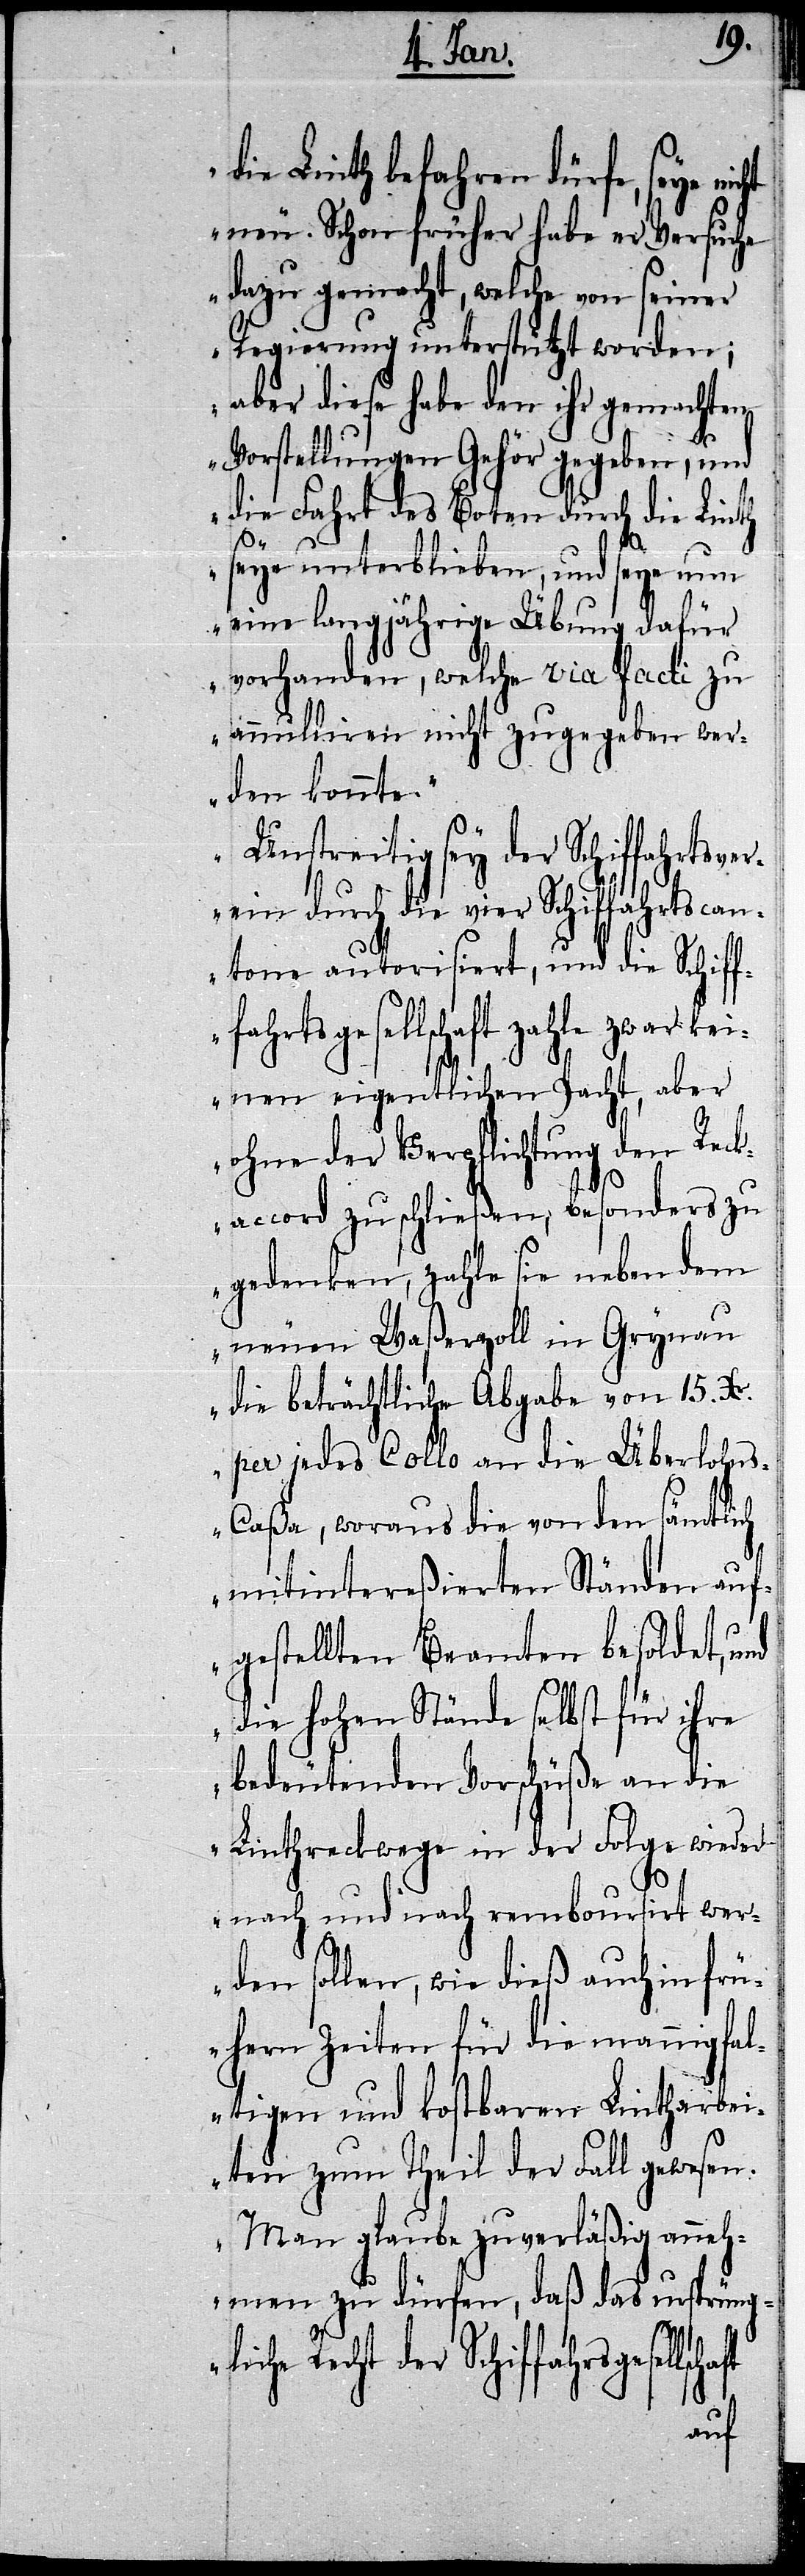
die Linth befahren dürfe, seye nic¬
neu. Schon früher habe er Versuche
dazu gemacht, welche von seiner
Regierung unterstützt worden;
aber diese habe den ihr gemachten
Vorstellungen Gehör gegeben, und
die Fahrt des Boten durch die Linth
seye unterblieben, und seye nun
eine langjährige Übung dafür
vorhanden, welche via facti zu
annulliren nicht zugegeben wer¬
den konnte.“
„Unstreitig sey der Schiffahrtsver¬
ein durch die vier Schiffahrtscan¬
tone autorisiert, und die Schiff¬
fahrtsgesellschaft zahle
keinen eigentlichen Pacht, aber
ohne der Verpflichtung den Reck¬
accord zu schließen, besonders zu
gedenken, zahle sie neben dem
neuen Waßerzoll in Grynau
die beträchtliche Abgabe von 15. Xr.
per jedes Collo an die Überlohn¬
s-Caßa, woraus die von den sämtlich
mitintereßierten Ständen auf¬
gestellten Beamten besoldet, und
die hohen Stände selbst für ihre
bedeutenden Vorschüße an die
Linthreckwege in der Folge wieder
nach und nach remboursirt wer¬
lsch¬
den sollen, wie dieß auch in frü¬
hern Zeiten für die mannigfal¬
tigen und kostbaren Lintharbe¬
iten zum Theil der Fall gewesen.
Man glaube zuverläßig anneh¬
men zu dürfen, daß das ursprüngl¬
iche Recht der Schiffahr[t]sge¬
aft